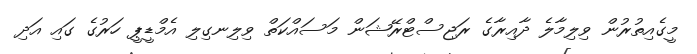
މީގެއިތުރުން ވިލިމާލެ ދާއިރާގެ ރަޖިސްޓްރޭޝަން މަސައްކަތް ވިލިނގިލި އެމްޑީޕީ ހަރުގެ ގައި އަދި